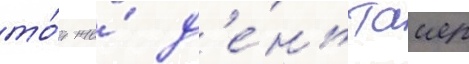
то́т же́ д'е́нь таиер